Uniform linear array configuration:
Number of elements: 4
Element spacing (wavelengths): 0.25
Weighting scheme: blackman
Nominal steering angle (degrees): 60
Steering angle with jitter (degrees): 59.086
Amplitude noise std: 0.05
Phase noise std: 0.05

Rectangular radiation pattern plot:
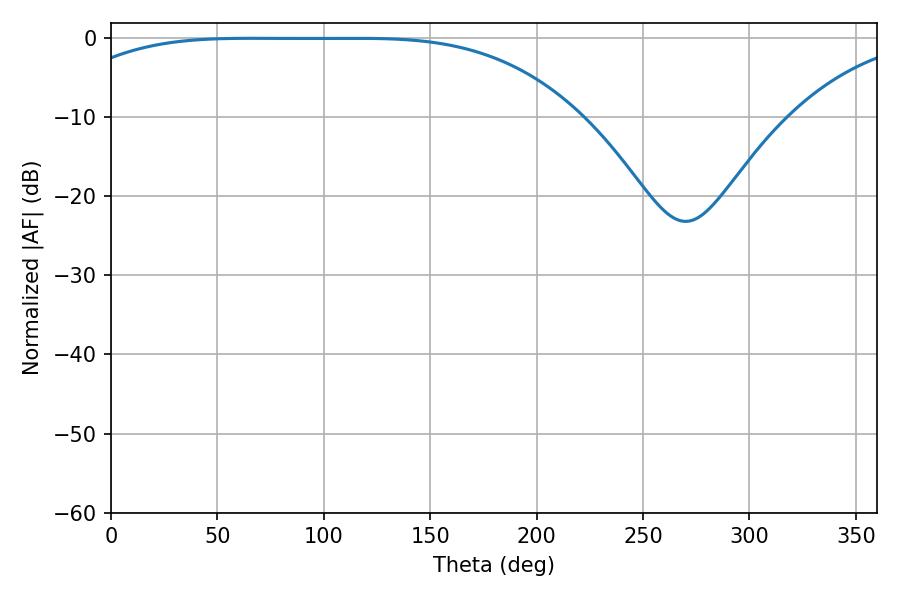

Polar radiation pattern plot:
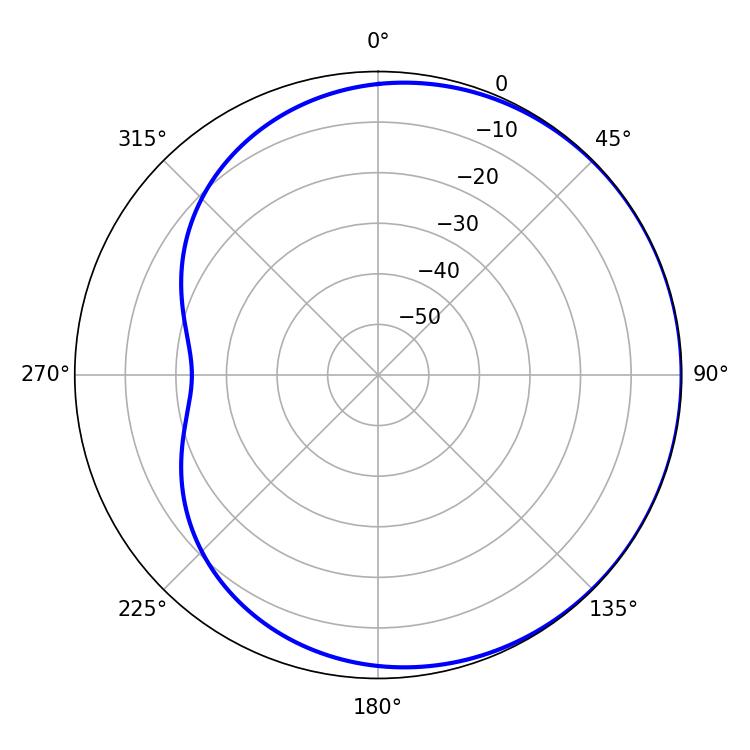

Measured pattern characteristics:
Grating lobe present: FALSE
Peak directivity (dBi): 0.5447
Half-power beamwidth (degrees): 184.86
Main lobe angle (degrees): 66.24